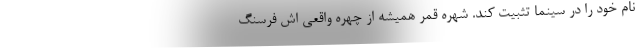
نام خود را در سينما تثبيت کند. شهره قمر هميشه از چهره واقعی اش فرسنگ